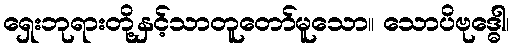
ရှေးဘုရားတို့နှင့်သာတူတော်မူသော။ သောပိဗုဒ္ဓေါ၊